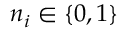
n _ { i } \in \{ 0 , 1 \}